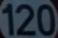
120